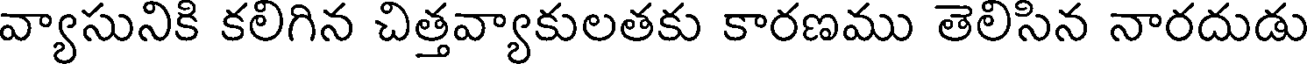
వ్యాసునికి కలిగిన చిత్తవ్యాకులతకు కారణము తెలిసిన నారదుడు